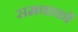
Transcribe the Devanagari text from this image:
समवाकों